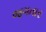
જગતાર